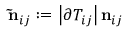
\mathbf { \tilde { n } } _ { i j } : = \left| \partial T _ { i j } \right| \mathbf { n } _ { i j }